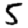
Digit: 5